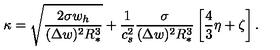
\kappa = \sqrt { \frac { 2 \sigma w _ { h } } { ( \Delta w ) ^ { 2 } R _ { * } ^ { 3 } } } + \frac { 1 } { c _ { s } ^ { 2 } } \frac { \sigma } { ( \Delta w ) ^ { 2 } R _ { * } ^ { 3 } } \left[ \frac { 4 } { 3 } \eta + \zeta \right] .